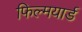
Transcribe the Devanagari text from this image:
फिल्मयार्ड